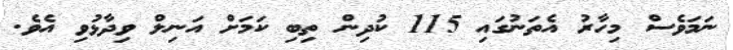
ނަމަވެސް މިހާރު އެތަނުގައި 115 ކުދިން ތިބި ކަމަށް އަނިލް ވިދާޅުވި އެވެ.